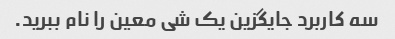
سه کاربرد جایگزین یک شی معین را نام ببرید.